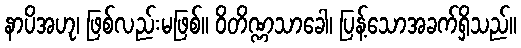
နာပိအဟု၊ ဖြစ်လည်းမဖြစ်။ ဝိတိဏ္ဏသာခေါ၊ ပြန့်သောအခက်ရှိသည်။